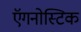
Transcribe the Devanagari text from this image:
ऍगनोस्टिक